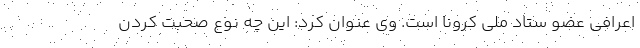
اعرافی عضو ستاد ملی کرونا است. وی عنوان کرد: این چه نوع صحبت کردن